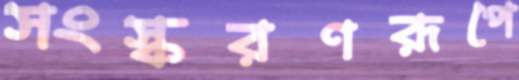
সংস্করণরূপে